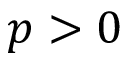
p > 0